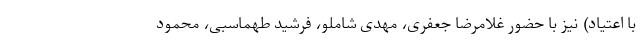
با اعتیاد) نیز با حضور غلامرضا جعفری، مهدی شاملو، فرشید طهماسبی، محمود